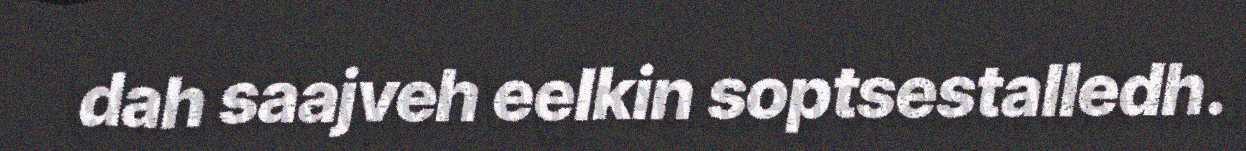
dah saajveh eelkin soptsestalledh.